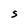
Character: S